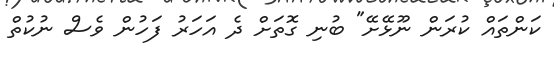
ކަންތައް ކުރަން ނޫޅޭށޭ" ބުނި ގޮތަށް ދެ އަހަރު ފަހުން ވެސް ނުކުތް